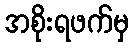
အစိုးရဖက်မှ